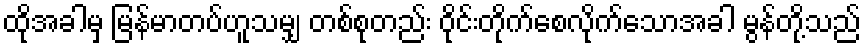
ထိုအခါမှ မြန်မာတပ်ဟူသမျှ တစ်စုတည်း ဝိုင်းတိုက်စေလိုက်သောအခါ မွန်တို့သည်